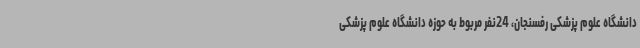
دانشگاه علوم پزشکی رفسنجان، 24نفر مربوط به حوزه دانشگاه علوم پزشکی